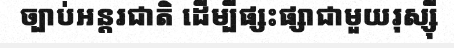
ច្បាប់អន្តរជាតិ ដើម្បីផ្សះផ្សាជាមួយរុស្ស៊ី